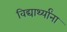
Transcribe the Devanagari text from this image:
विद्यार्थ्‍यांना